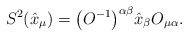
\begin{gather*}{S}^2(\hat{x}_\mu)=\big(O^{-1}\big)^{\alpha\beta}\hat{x}_\beta O_{\mu\alpha}.\end{gather*}